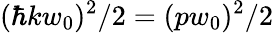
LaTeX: (\hbar kw_{0})^{2}/2=(pw_{0})^{2}/2